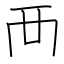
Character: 襾